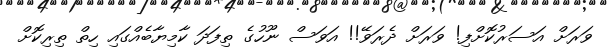
ވަރަށް އަސަރުކޮށްފި! ވަރަށް ދެރަވޭ!! އަވަސް ނޫހުގެ ތިފަދަ ކާމިޔާބެއްގައި ހިތް ތިރިކޮށް